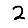
Digit: 2